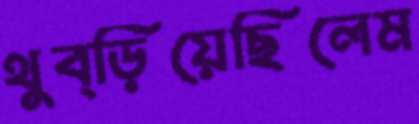
থুব্‌ড়িয়েছিলেম